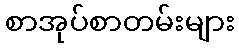
စာအုပ်စာတမ်းများ